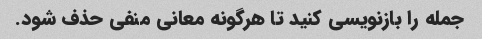
جمله را بازنویسی کنید تا هرگونه معانی منفی حذف شود.